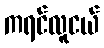
ကရင်လူငယ်